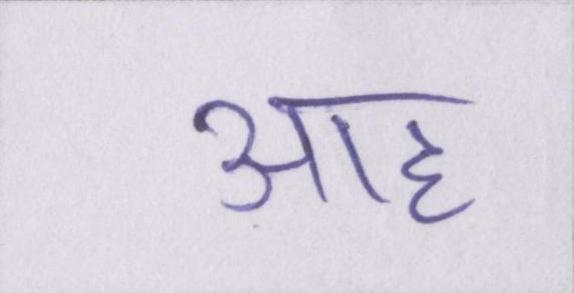
आह